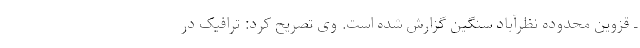
ـ قزوین محدوده نظرآباد سنگین گزارش شده است. وی تصریح کرد: ترافیک در